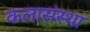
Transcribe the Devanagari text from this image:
कलासंस्था